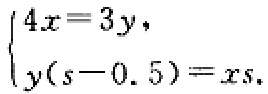
$\begin{cases}4x = 3y,\\y(s - 0.5)=xs.\end{cases}$